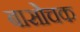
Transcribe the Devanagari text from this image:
बासोचक